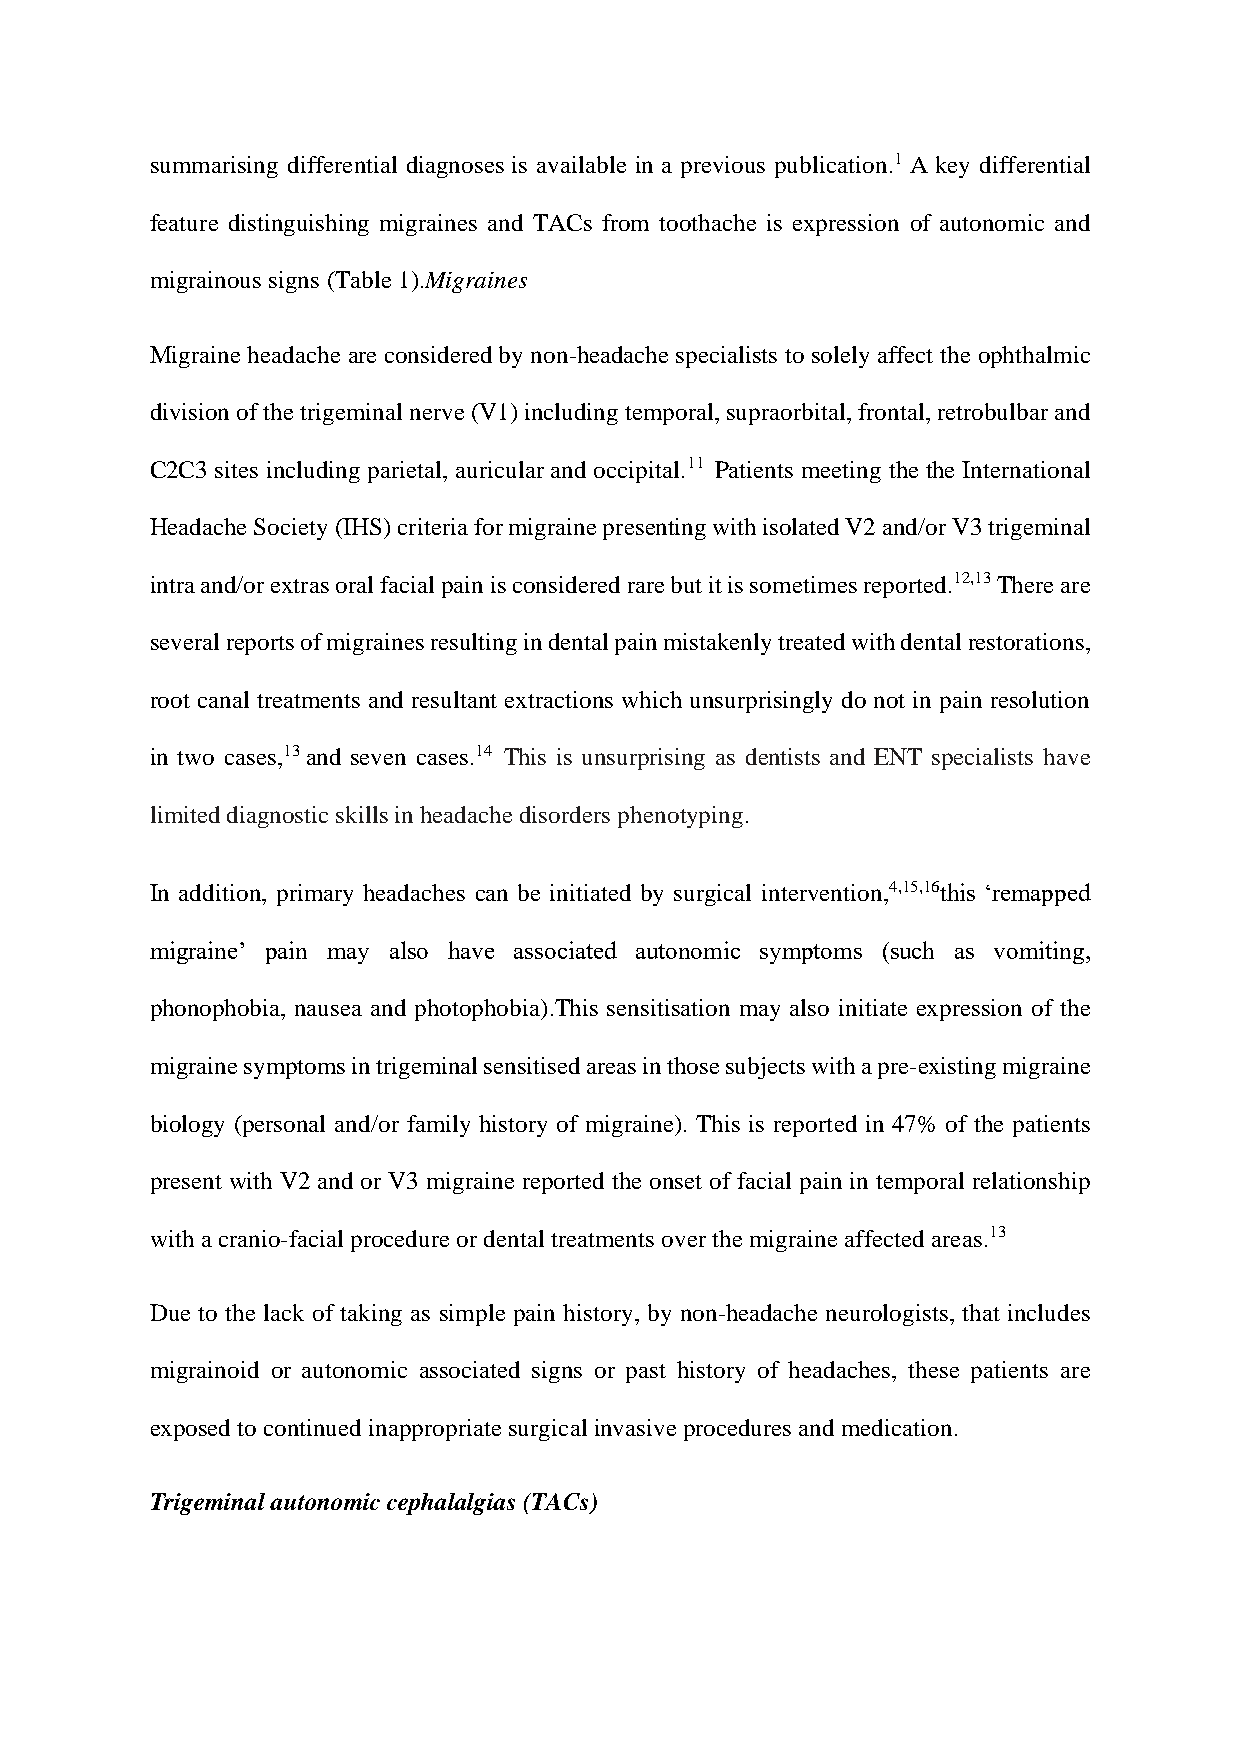
summarising differential diagnoses is available in a previous publication.1 A key differential
 feature distinguishing migraines and TACs from toothache is expression of autonomic and
 migrainous signs (Table 1).Migraines
 Migraine headache are considered by non-headache specialists to solely affect the ophthalmic
 division of the trigeminal nerve (V1) including temporal, supraorbital, frontal, retrobulbar and
 C2C3 sites including parietal, auricular and occipital.11 Patients meeting the the International
 Headache Society (IHS) criteria for migraine presenting with isolated V2 and/or V3 trigeminal
 intra and/or extras oral facial pain is considered rare but it is sometimes reported.12,13 There are
 several reports of migraines resulting in dental pain mistakenly treated with dental restorations,
 root canal treatments and resultant extractions which unsurprisingly do not in pain resolution
 in two cases,13 and seven cases.14 This is unsurprising as dentists and ENT specialists have
 limited diagnostic skills in headache disorders phenotyping.
 In addition, primary headaches can be initiated by surgical intervention,4,15,16this ‘remapped
 migraine’ pain may also have associated autonomic symptoms (such as vomiting,
 phonophobia, nausea and photophobia).This sensitisation may also initiate expression of the
 migraine symptoms in trigeminal sensitised areas in those subjects with a pre-existing migraine
 biology (personal and/or family history of migraine). This is reported in 47% of the patients
 present with V2 and or V3 migraine reported the onset of facial pain in temporal relationship
 with a cranio-facial procedure or dental treatments over the migraine affected areas.13
 Due to the lack of taking as simple pain history, by non-headache neurologists, that includes
 migrainoid or autonomic associated signs or past history of headaches, these patients are
 exposed to continued inappropriate surgical invasive procedures and medication.
 Trigeminal autonomic cephalalgias (TACs)